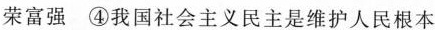
荣富强 ④我国社会主义民主是维护人民根本